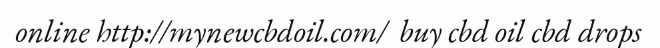
online http://mynewcbdoil.com/  buy cbd oil cbd drops